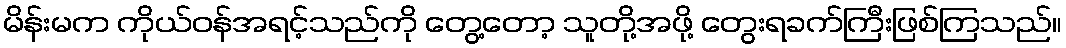
မိန်းမက ကိုယ်ဝန်အရင့်သည်ကို တွေ့တော့ သူတို့အဖို့ တွေးရခက်ကြီးဖြစ်ကြသည်။